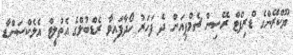
ޔޫކްރޭންގެ ޑްރިފްޓް ރޭސިން ޗެމްޕިއަން ދެ ފަހަރު ހޯދާފައިވާ ރެޑްބުލްގެ އެތުލީޓް އެލެކްސަންޑާ